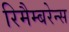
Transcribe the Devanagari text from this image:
रिमैम्बरेन्स